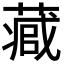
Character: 𮐻